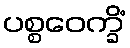
ပစ္စဝေက္ခိံ